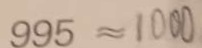
9 9 5 \approx 1 0 0 0